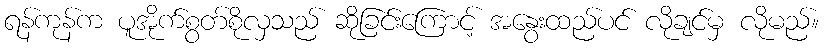
ရန်ကုန်က ပူအိုက်စွတ်စိုလှသည် ဆိုခြင်းကြောင့် အနွေးထည်ပင် လိုချင်မှ လိုမည်။